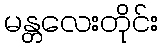
မန္တလေးတိုင်း